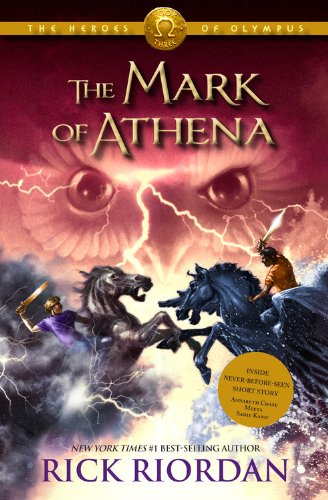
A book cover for Heroes of Olympus, The Book Three The Mark of Athena (The Heroes of Olympus); Rick Riordan; Children's Books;